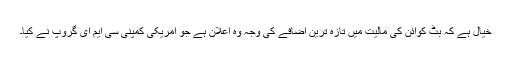
خیال ہے کہ بٹ کوائن کی مالیت میں تازہ ترین اضافے کی وجہ وہ اعلان ہے جو امریکی کمپنی سی ایم ای گروپ نے کیا۔